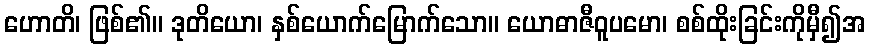
ဟောတိ၊ ဖြစ်၏။ ဒုတိယော၊ နှစ်ယောက်မြောက်သော။ ယောဓာဇီဝူပမော၊ စစ်ထိုးခြင်းကိုမှီ၍အ